Indian journal of veterinary science and animal husbandry - Volumes 24-25, 1954-1955
Year: 1954
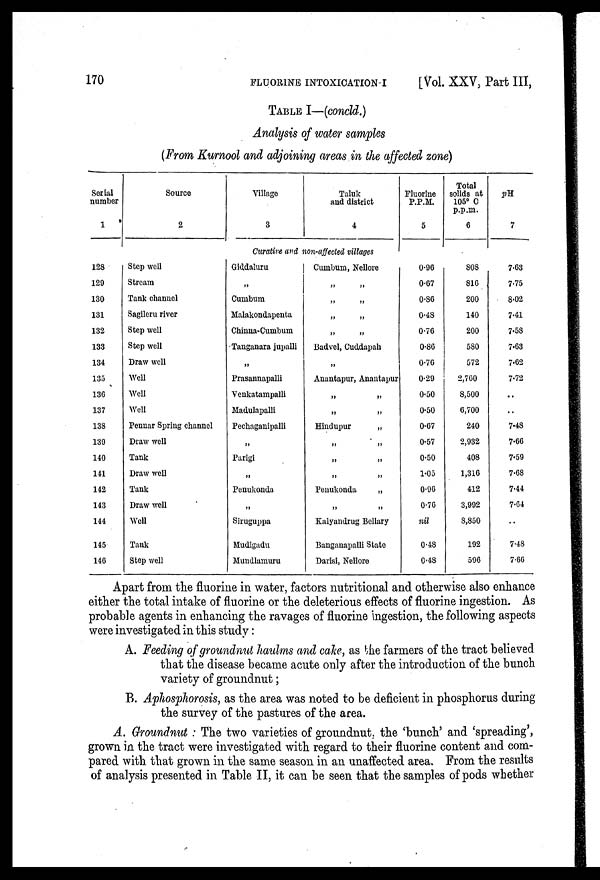
170
FLUORINE
INTOXICATION-I
[Vol. XXV, Part III,
TABLE I—(concld.)
Analysis of water samples
(From Kurnool and adjoining areas in the affected zone)
Serial
number
1
Source
2
Village
3
Taluk
and district
4
Fluorine
P.P.M.
5
Total
solids at
105° C
p.p.m.
6
pH
7
Curative and non-affected villages
128
129
130
131
132
133
134
135
136
137
138
139
140
141
142
143
144
145
146
Step well
Stream
Tank channel
Sagileru river
Step well
Step well
Draw well
Well
Well
Well
Pennar Spring channel
Draw well
Tank
Draw well
Tank
Draw well
Well
Tank
Step well
Giddaluru
„
Cumbum
Malakondapenta
Chinna-Cumbum
Tanganara jupalli
„
Prasannapalli
Venkatampalli
Madulapalli
Pechaganipalli
„
Parigi
„
Penukonda
„
Siruguppa
Mudigadu
Mundlamuru
Cumbum, Nellore
„ „
„ „
„ „
„ „
Badvel, Cuddapah
„ „
Anantapur, Anantapur
„ „
„ „
Hindupur
„
„ „
„ „
„ „
Penukonda
„
„ „
Kalyandrug Bellary
Bangauapalli State
Darisi, Nellore
0.96
0.67
0.86
0.48
0.76
0.86
0.76
0.29
0.50
0.50
0.67
0.57
0.50
1.05
0.96
0.76
nil
0.48
0.48
808
816
200
140
200
580
572
2,760
8,500
6,700
240
2,932
408
1,316
412
3,992
8,850
192
596
7.63
7.75
8.02
7.41
7.58
7.63
7.62
7.72
. .
. .
7.48
7.66
7.59
7.68
7.44
7.64
. .
7.48
7.66
Apart from the fluorine in water, factors nutritional and otherwise also enhance
either the total intake of fluorine or the deleterious effects of fluorine ingestion. As
probable agents in enhancing the ravages of fluorine ingestion, the following aspects
were investigated in this study:
A. Feeding of groundnut haulms and cake, as the farmers of the tract believed
that the disease became acute only after the introduction of the bunch
variety of groundnut;
B. Aphosphorosis, as the area was noted to be deficient in phosphorus during
the survey of the pastures of the area.
A. Groundnut : The two varieties of groundnut, the 'bunch' and 'spreading',
grown in the tract were investigated with regard to their fluorine content and com-
pared with that grown in the same season in an unaffected area. From the results
of analysis presented in Table II, it can be seen that the samples of pods whether